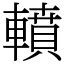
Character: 轒